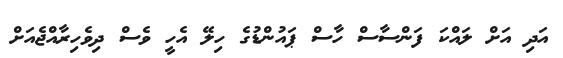
އަދި އަށް ލައްކަ ފަންސާސް ހާސް ޕައުންޑުގެ ހިލޭ އެހީ ވެސް ދިވެހިރާއްޖެއަށް